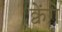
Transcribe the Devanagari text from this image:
क्वेंगे